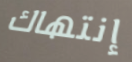
إنتهاك